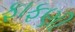
ફાફણી